Calcutta medical institutions reports 1871-78
Year: 1871
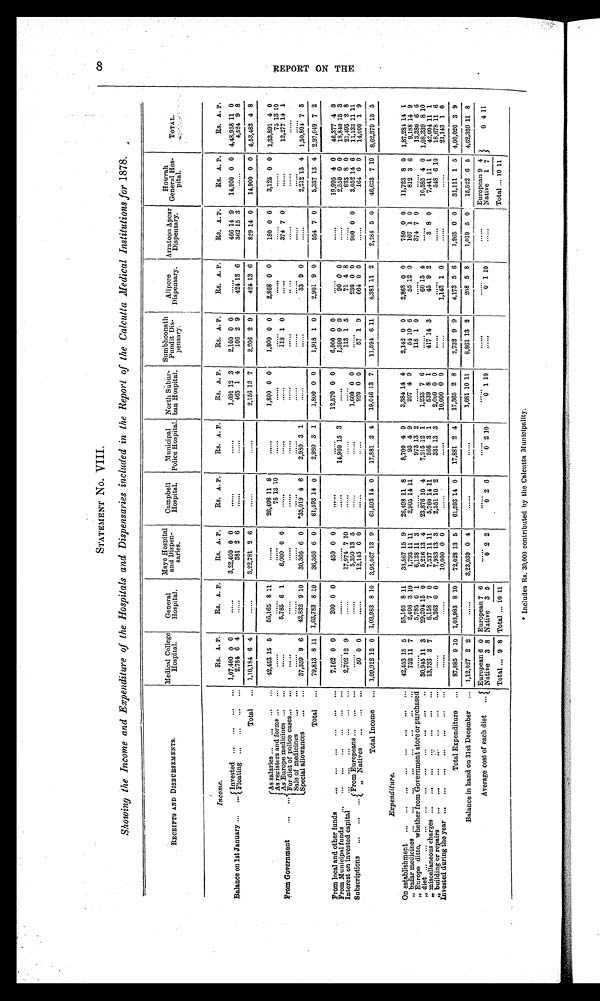
8
R E P O R T O N T H E
STATEMENT No. VIII.
Showing the Income and Expenditure of the Hospitals and Dispensaries included in the Report of the Calcutta Medical Institutions for 1878.
RECEIPTS AND DISBURSEMENTS.
Medical College
Hospital.
General
Hospital.
Mayo Hospital
and Dispen-
saries.
Campbell
Hospital.
Municipal
Police Hospital.
North Subur-
ban Hospital.
Sumbhoonath
Pundit Dis-
pensary.
Alipore
Dispensary.
Arratoon Apear
Dispensary.
Howrah
General Hos-
pital.
TOTAL.
Income.
Rs. A. P.
Rs. A. P.
Rs. A. P.
Rs. A. P.
Rs. A. P.
Rs. A. P.
Rs. A. P.
Rs. A. P.
Rs. A. P.
Rs. A. P.
Rs. A. P.
Balance on 1st January
Invested
1,07,400 0 0
......
3,22,400 0 0
. . . . . .
. . . . . .
1,691 12 3
2,100 0 0
. . . . . .
466 14 9
14,900 0 0 4,48,958 11 0
Floating
2,784 6 4
......
381 2 6
. . . . . .
. . . . . .
465 1 4
106 2 9
424
13 6
362 15 3
......
4,524 9 8
Total
1,10,184 6 4
......
3,22,781 2 6
. . . . . .
. . . . . .
2,156 13 7
2,206 2 9
424 13 6
829 14 0
14,900 0 0 4,53,483 4 8
From Government
As salaries
42,453 15 5
55,165 8 11
......
26,498 11 8
......
1,800 0 0
1,800 0 0
2,868 0 0
180 0 0
3,125 0 0 1,33,891 4 0
As registers and forms
. . . . . .
. . . . . .
. . . . . .
75 13 10
. . . . . .
. . . . . .
. . . . . .
. . . . . .
. . . . . .
. . . . . .
75 13 10
As Europe medicines
. . . . . .
5,785 6 1
6,000 0 0
. . . . . .
. . . . . .
. . . . . .
118 1 0
......
374 7 0
......
12,277 14 1
For diet of police cases
. . . . . .
. . . . . .
. . . . . .
. . . . . .
. . . . . .
. . . . . .
. . . . . .
. . . . . .
. . . . . .
. . . . . .
Sale of medicines
-
...
. . . . . .
. . . . . .
. . . . . .
. . . . . .
. . . . . .
. . . . . .
. . . . . .
. . . . . .
. . . . . .
. . . . . .
. . . . . .
Special allowances
37,359 9 6
42,832 9 10
30,366 6 0
*35,019 4 6
2,980 3 1
. . . . . .
. . . . . .
33 9 0
......
2,212 13 4 1,50,804 7 3
Total
79,813 8 11 1,03,783 8 10
36,366 6 0
61,593 14 0
2,980 3 1
1,800 0 0
1,918 1 0
2,901 9 0
554 7 0
5,337 13 4 2,97,049 7 2
From local and other funds
7,162 0 0
200 0 0
450 0 0
. . . . . .
. . . . . .
12,570 0 0
6,000 0 0
. . . . . .
. . . . . .
19,995 4 0
46,377 4 0
From Municipal funds
. . . . . .
. . . . . .
. . . . . .
. . . . . .
14,900 15 3
. . . . . .
1,300 0 0
90 0 0
......
2,550 0 0
18,840 15 3
Interest on invested capital
2,702 12 9
......
17,974 7 10
. . . . . .
. . . . . .
. . . . . .
113 1 5
71 4
8
. . . . . .
633 8 0
21,495 2 8
Subscriptions
From Europeans
. . . . . .
. . . . . .
5 , 3 5 0 13 5
. . . . . .
. . . . . .
1,600 0 0
. . . . . .
230 0 0
900 0 0
3,052
1 4 6
11,133 11 11
F r o m N a t i v e s
50 0 0
......
12,145 0 0
......
. . . . . .
920 0 0
5 7 1 9
664 0 0
......
164 0 0
14,000 1 9
Total Income
1,99,912 12 0 1,03,983 8 10 3,95,067 13 9
61,593 14 0
17,881 2 4
19,046 13 7
11,594 6 11
4,381 11 2
2,284 5 0
46,633 7
1 0 8,62,379 15 5
Expenditure.
On establishment
42,453 15 5
55,165 8 11
33,567 15 9
26,498 11 8
8,700 4 0
3,384 14 4
2,142 0 0
2,868 0 0
780 0 0
11,723 8 0 1,87,281 14 1
On bazar medicines
752 11 7
2,406 3 10
1,793 11 11
2,905 14 11
93 4 9
207 4 9
54 10 6
55 12 0
107 1 0
8 1 2 3 3 6
9,188 14 9
On Europe ditto, whether from Government store or purchased
. . . . . .
5,785 6 1
6,128 11 3
. . . . . .
.
973
. . . . . .
1 1 8 1 0
. . . . . .
3 7 4
4
7 0
. . . . . .
13,380 6 6
O n d i e t
3 0 , 9 4 5 11 3
15 0
5,216 13 4
23,876 10 4
7,215 12 1
1,233 7 6
. . . . . . .
6 0 15
4
. . . . . .
1 0 , 5 8 5 4 0 1,08,339 8 10
On miscellaneous charges
13,733 3 7
6,158 7 0
7,337 11 11
5,760 14 11
566 3 1
539 8 1
4 1 7 14 3
45 9 2
3 8 0
7,441 11 1
42,004 11 1
On building or repairs
building or repairs
. . . . . .
5,263 0 0
7,983 13 3
2,551 10 2
331 13 3
2,000 0 0
. . . . . .
. . . . . .
. . . . . .
548 6 10
18,678 11 6
Invested during the year
. . . . . .
. . . . . .
10,000 0 0
. . . . . .
. . . . . .
10,000 0 0
. . . . . .
1,143 1 0
. . . . . .
. . . . . .
21,143 1 0
Total Expenditure
87,885 9
1 0 1,03,983 8 10
72,028 13 5
61,593 14 0
17,881 2 4
17,365 2 8
2,732 9 9
4,173 5 6
1,265 0 0
31,111 1 5 4,00,020 3 9
Balance in hand on 31st December
1,12,027 2 2
......
3,23,039 0 4
. . . . . .
. . . . . .
1,681 10 11
8,861 13 2
208 5 8
1,019 5
0 15,522 6 5 4,62,359 11 8
Aver age cost of each diet
European
6 0 European
6
......
. . . . . .
. . . . . .
. . . . . .
. . . . . .
. . . . . .
. . . . . .
European 9 4
0 4 11
Native 3 8 Native
0 2 2
0 2 6
0 2 10
0 1 10
. . . . . .
0 1 10
......
Native
1 7
Total
9 8 Total
1 0
11
Total
1 0
1 1
* I n c l u d e s R s . 3 0 , 0 0 0 c o n t r i b u t e d b y t h e C a l c u t t a M u n i c i p a l i t y .